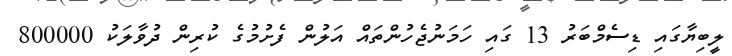
ލީބިޔާގައި ޑިސެމްބަރު 13 ގައި ހަމަނުޖެހުންތައް އަލުން ފެށުމުގެ ކުރިން ދުވާލަކު 800000